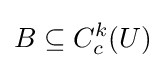
B\subseteq C_{c}^{k}(U)